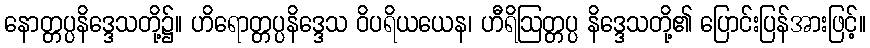
နောတ္တပ္ပနိဒ္ဒေသတို့၌။ ဟိရောတ္တပ္ပနိဒ္ဒေသ ဝိပရိယယေန၊ ဟီရိဩတ္တပ္ပ နိဒ္ဒေသတို့၏ ပြောင်းပြန်အားဖြင့်။